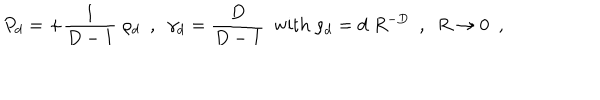
LaTeX: P _ { d } = + { \frac { 1 } { D - 1 } } \; \rho _ { d } ~ ~ , ~ ~ \gamma _ { d } = { \frac { D } { D - 1 } } ~ ~ \mathrm { w i t h ~ } \rho _ { d } = d \; R ^ { - D } ~ ~ , ~ ~ R \to 0 ~ ~ ,